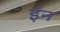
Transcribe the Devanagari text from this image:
इंन